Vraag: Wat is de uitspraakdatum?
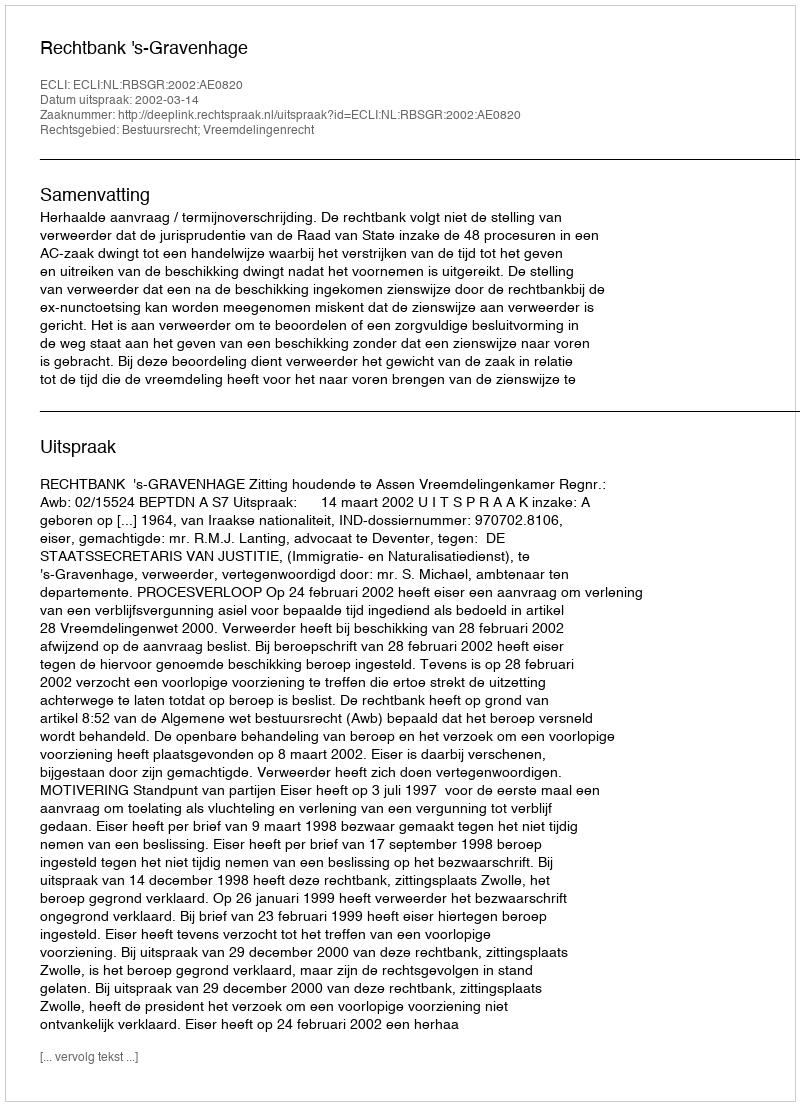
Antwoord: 2002-03-14